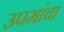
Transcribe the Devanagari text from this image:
उपमांचा